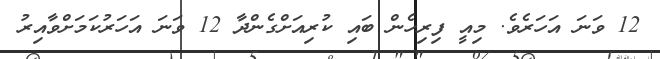
12 ވަނަ އަހަރެވެ. މިއީ ފިރިހެން ބައި ކުރިއަށްގެންދާ 12 ވަނަ އަހަރުކަމަށްވާއިރު